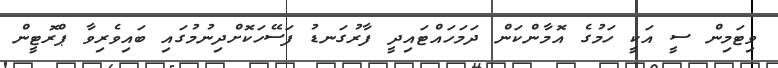
ވިޓަމިން ސީ އަކީ ހަމުގެ އޮމާންކަން ދަމަހައްޓައިދީ ފާރުގަނޑު ފަސޭހަކޮށްދިނުމުގައި ބައިވެރިވާ ޕްރޮޓީން